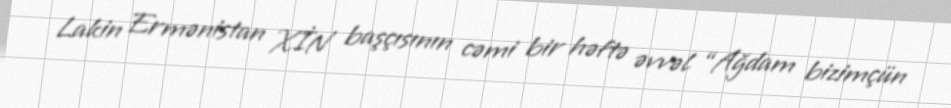
Lakin Ermənistan XİN başçısının cəmi bir həftə əvvəl “Ağdam bizimçün